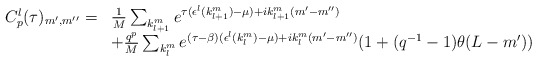
\begin{align*}\begin{array}{ll}C^{l}_{p}(\tau)_{m^{\prime},m^{\prime \prime}} = &\frac{1}{M} \sum_{k^{m}_{l+1}} e^{\tau(\epsilon^l(k^{m}_{l+1})-\mu)+ik^{m}_{l+1} (m^{\prime}-m^{\prime \prime})} \\ &+\frac{q^{p}}{M} \sum_{k^{m}_{l}} e^{(\tau-\beta) (\epsilon^l(k^{m}_{l})-\mu)+ik^m_l (m^{\prime}-m^{\prime \prime})} (1 + (q^{-1}-1)\theta (L-m^\prime))\end{array}\end{align*}